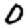
Digit: 0